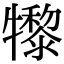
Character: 𤛺